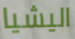
اليشيا